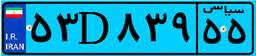
۵۳D۸۳۹۵۵